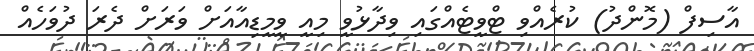
އާސިފް (މޮންދު) ކުރެއްވި ޓްވީޓެއްގައި ވިދާޅުވީ މިއީ ވީމީޑިއާއަށް ވަރަށް ދެރަ ދުވަހެއް